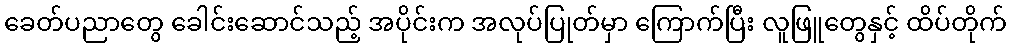
ခေတ်ပညာတွေ ခေါင်းဆောင်သည့် အပိုင်းက အလုပ်ပြုတ်မှာ ကြောက်ပြီး လူဖြူတွေနှင့် ထိပ်တိုက်